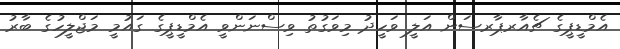
އެމްޑީޕީގެ ޗެއާރޕާރސަން އަލީ ވަހީދު މިވަގުތު ވިސްނަންވީ އެމްޑީޕީގެ ގައުމީ މަޖްލީހުގެ ބާރު